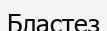
Бластез